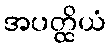
အပတ္ထိယံ